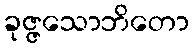
ခုဇ္ဇသောဘိတော